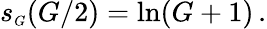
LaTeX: s_{\scriptscriptstyle G}(G/2)=\ln(G+1)\, .